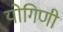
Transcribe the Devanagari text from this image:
योगिणी